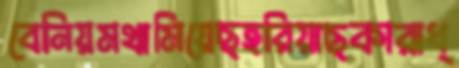
বেনিয়মথামিয়েছহরিয়াছকারাধ্